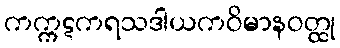
ကက္ကဋကရသဒါယကဝိမာနဝတ္ထု